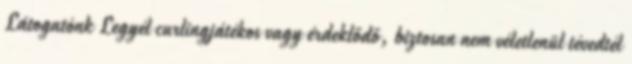
Látogatónk Legyél curlingjátékos vagy érdeklődő, biztosan nem véletlenül tévedtél